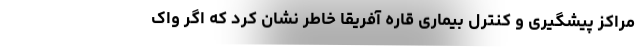
مراکز پیشگیری و کنترل بیماری قاره آفریقا خاطر نشان کرد که اگر واک